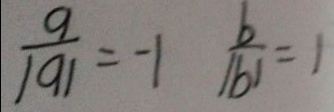
\frac { a } { \vert a \vert } = - 1 \frac { b } { \vert b \vert } = 1